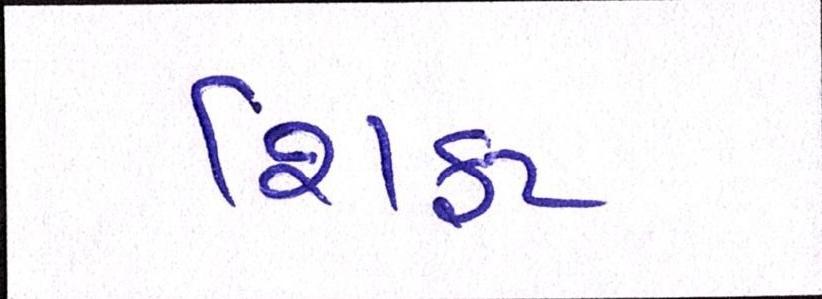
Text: શિફટ